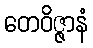
တေဝိဇ္ဇာနံ